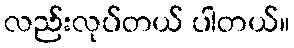
လည်းလုပ်တယ် ပါတယ်။